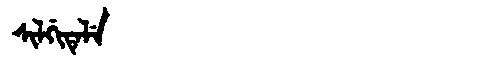
Manchu: ᠰᡳᠯᡤᡳᡨᡝᠯᡝ
Romanization: SILGITELE